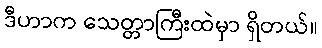
ဒီဟာက သေတ္တာကြီးထဲမှာ ရှိတယ်။